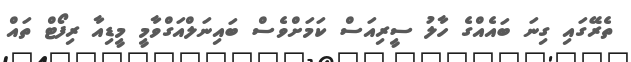
ތެރޭގައި ގިނަ ބައެއްގެ ހާލު ސީރިއަސް ކަމަށްވެސް ބައިނަލްއަގްވާމީ މީޑިއާ ރިފޯޓް ތައް